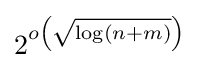
2^{o\left({\sqrt {\log(n+m)}}\right)}